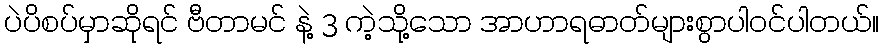
ပဲပိစပ်မှာဆိုရင် ဗီတာမင် နဲ့ 3 ကဲ့သို့သော အာဟာရဓာတ်များစွာပါဝင်ပါတယ်။